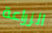
الزراعة